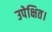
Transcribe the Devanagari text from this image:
उपेक्षित।